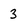
Character: 3